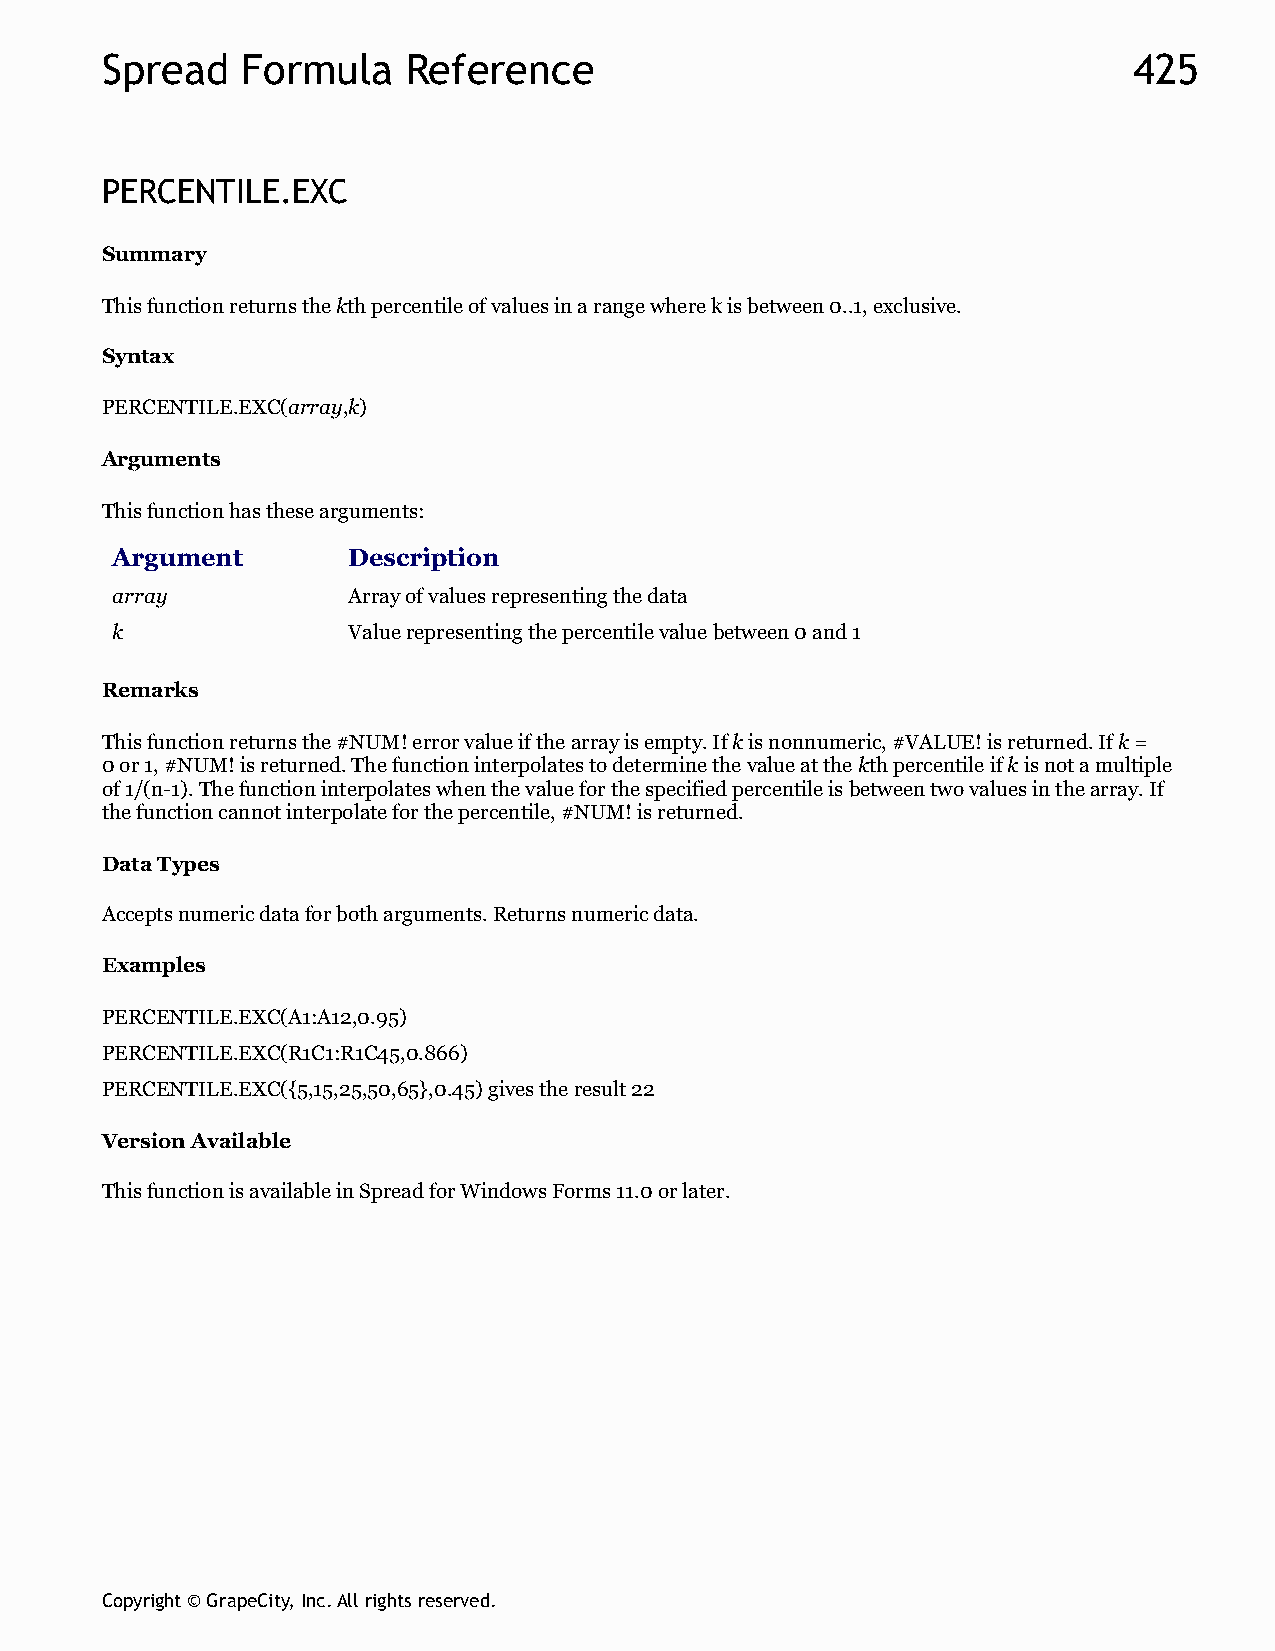
Spread   Formula    Reference                                       425
 PERCENTILE.EXC
 Summary
 This function returns the kth percentile of values in a range where k is between 0..1, exclusive.
 Syntax
 PERCENTILE.EXC(array,k)
 Arguments
 This function has these arguments:
 Argument        Description
 array           Array of values representing the data
 k               Value representing the percentile value between 0 and 1
 Remarks
 This function returns the #NUM! error value if the array is empty. If k is nonnumeric, #VALUE! is returned. If k =
 0 or 1, #NUM! is returned. The function interpolates to determine the value at the kth percentile if k is not a multiple
 of 1/(n-1). The function interpolates when the value for the specified percentile is between two values in the array. If
 the function cannot interpolate for the percentile, #NUM! is returned.
 Data Types
 Accepts numeric data for both arguments. Returns numeric data.
 Examples
 PERCENTILE.EXC(A1:A12,0.95)
 PERCENTILE.EXC(R1C1:R1C45,0.866)
 PERCENTILE.EXC({5,15,25,50,65},0.45) gives the result 22
 Version Available
 This function is available in Spread for Windows Forms 11.0 or later.
 Copyright © GrapeCity, Inc. All rights reserved.